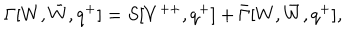
\Gamma [ W , \bar { W } , q ^ { + } ] = S [ V ^ { + + } , q ^ { + } ] + \bar { \Gamma } [ W , \bar { W } , q ^ { + } ] ,